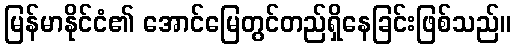
မြန်မာနိုင်ငံ၏ အောင်မြေတွင်တည်ရှိနေခြင်းဖြစ်သည်။